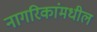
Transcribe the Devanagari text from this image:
नागरिकांमधील